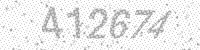
Solution: 412674